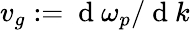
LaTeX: v_{g}:=\mathrm{~d~}\omega_{p}/\mathrm{~d~}k